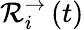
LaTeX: \mathcal{R}_{i}^{\rightarrow}\left(t\right)